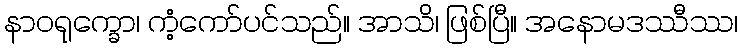
နာဝရုက္ခော၊ ကံ့ကော်ပင်သည်။ အာသိ၊ ဖြစ်ပြီ။ အနောမဒဿီဿ၊